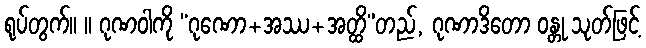
ရုပ်တွက်။ ။ ဂုဏဝါကို “ဂုဏော+အဿ+အတ္ထိ”တည်, ဂုဏာဒိတော ဝန္တု သုတ်ဖြင့်